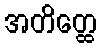
အတိတ္ထေ